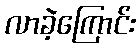
လာခဲ့ကြောင်း